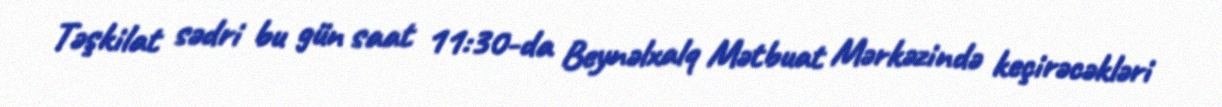
Təşkilat sədri bu gün saat 11:30-da Beynəlxalq Mətbuat Mərkəzində keçirəcəkləri